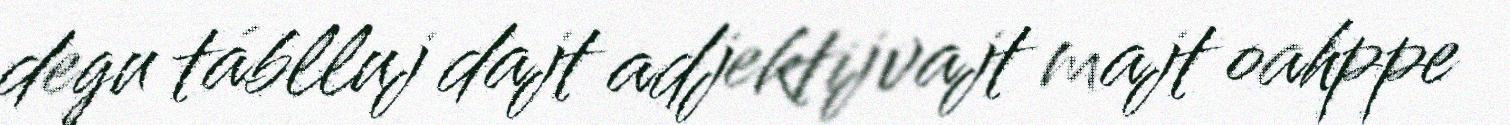
degu táblluj dajt adjektijvajt majt oahppe